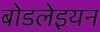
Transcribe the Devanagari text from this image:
बोडलेइयन